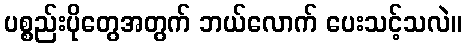
ပစ္စည်းပိုတွေအတွက် ဘယ်လောက် ပေးသင့်သလဲ။